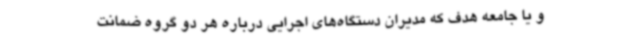
و یا جامعه هدف که مدیران دستگاه‌های اجرایی درباره هر دو گروه ضمانت